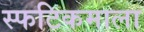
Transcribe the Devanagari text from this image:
स्फटिकमाला